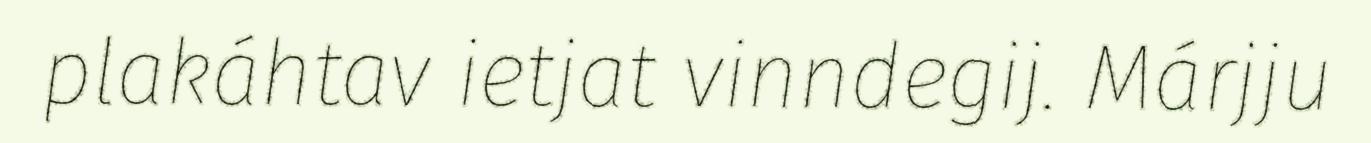
plakáhtav ietjat vinndegij. Márjju